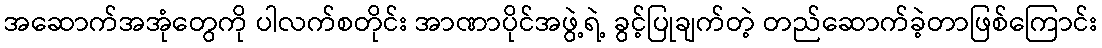
အဆောက်အအုံတွေကို ပါလက်စတိုင်း အာဏာပိုင်အဖွဲ့ရဲ့ ခွင့်ပြုချက်တဲ့ တည်ဆောက်ခဲ့တာဖြစ်ကြောင်း